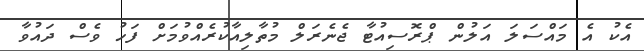
އެކު އެ މައްސަލަ އަލުން ޕްރޮސިއުޓާ ޖެނެރަލް މުތާލިއާކުރެއްވުމަށް ފަހު ވެސް ދައުވާ